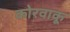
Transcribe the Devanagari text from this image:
कोरवाकू